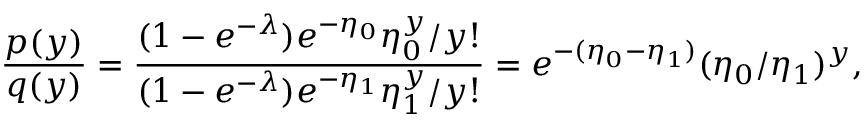
\frac { p ( y ) } { q ( y ) } = \frac { ( 1 - e ^ { - \lambda } ) e ^ { - \eta _ { 0 } } \eta _ { 0 } ^ { y } / y ! } { ( 1 - e ^ { - \lambda } ) e ^ { - \eta _ { 1 } } \eta _ { 1 } ^ { y } / y ! } = e ^ { - ( \eta _ { 0 } - \eta _ { 1 } ) } ( \eta _ { 0 } / \eta _ { 1 } ) ^ { y } ,